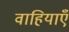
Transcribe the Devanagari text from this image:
वाहियाएँ